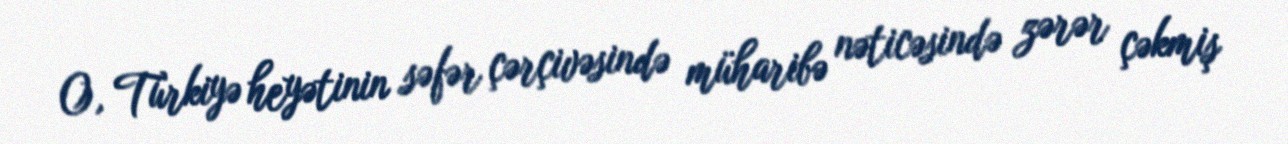
O, Türkiyə heyətinin səfər çərçivəsində müharibə nəticəsində zərər çəkmiş